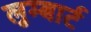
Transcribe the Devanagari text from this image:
लुम्बार्ट